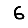
Digit: 6